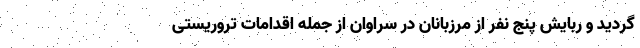
گردید و ربایش پنج نفر از مرزبانان در سراوان از جمله اقدامات تروریستی